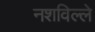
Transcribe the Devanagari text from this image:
नशविल्ले